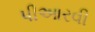
પીઆરવી